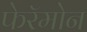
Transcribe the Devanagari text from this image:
फेरॅमोन